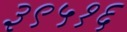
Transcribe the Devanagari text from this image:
३९५१६